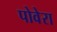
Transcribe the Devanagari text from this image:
पोवेरा